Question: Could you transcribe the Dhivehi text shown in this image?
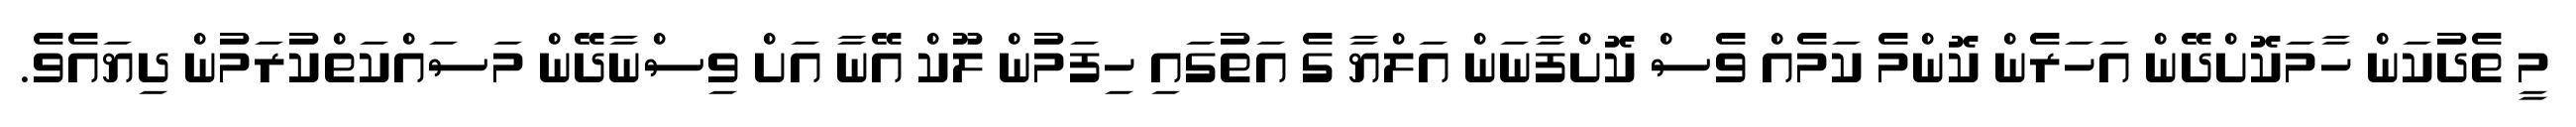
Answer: މީ ތެދުކަން ހާމަކޮށްދޭން އަހަރެން ކޮންމެ ކަމެއް ވެސް ކޮށްފާނަން އަލްޔާ ގެ އަތުގައި ހިފަމުން ލޫކް އޭނާ އަށް ވިސްނާދޭން މަސައްކަތްކުރަމުން ދިޔައެވެ.